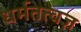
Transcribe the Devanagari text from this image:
धर्मतत्वज्ञ